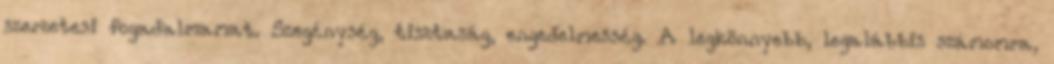
szerzetesi fogadalmamat. Szegénység, tisztaság, engedelmesség. A legkönnyebb, legalábbis számomra,